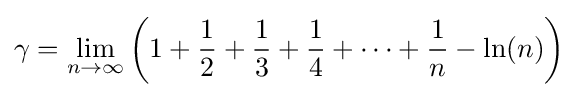
\gamma =\lim _{n\rightarrow \infty }\left(1+{\frac {1}{2}}+{\frac {1}{3}}+{\frac {1}{4}}+\cdots +{\frac {1}{n}}-\ln(n)\right)